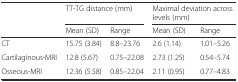
<table><thead><tr><td></td><td colspan="2"><b>TT-TG distance (mm)</b></td><td colspan="2"><b>Maximal deviation across levels (mm)</b></td></tr><tr><td></td><td><b>Mean (SD)</b></td><td><b>Range</b></td><td><b>Mean (SD)</b></td><td><b>Range</b></td></tr></thead><tbody><tr><td>CT</td><td>15.75 (3.84)</td><td>8.8–23.76</td><td>2.6 (1.14)</td><td>1.01–5.26</td></tr><tr><td>Cartilaginous-MRI</td><td>12.8 (5.67)</td><td>0.75–22.08</td><td>2.73 (1.25)</td><td>0.54–5.74</td></tr><tr><td>Osseous-MRI</td><td>12.36 (5.58)</td><td>0.85–22.04</td><td>2.11 (0.95)</td><td>0.77–4.83</td></tr></tbody></table>